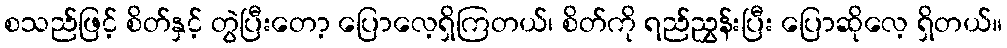
စသည်ဖြင့် စိတ်နှင့် တွဲပြီးတော့ ပြောလေ့ရှိကြတယ်၊ စိတ်ကို ရည်ညွှန်းပြီး ပြောဆိုလေ့ ရှိတယ်။